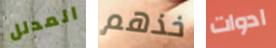
المدلل خذهم ادوات